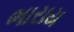
ભારાય